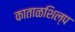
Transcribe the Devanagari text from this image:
काताळशिल्प